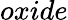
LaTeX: oxide